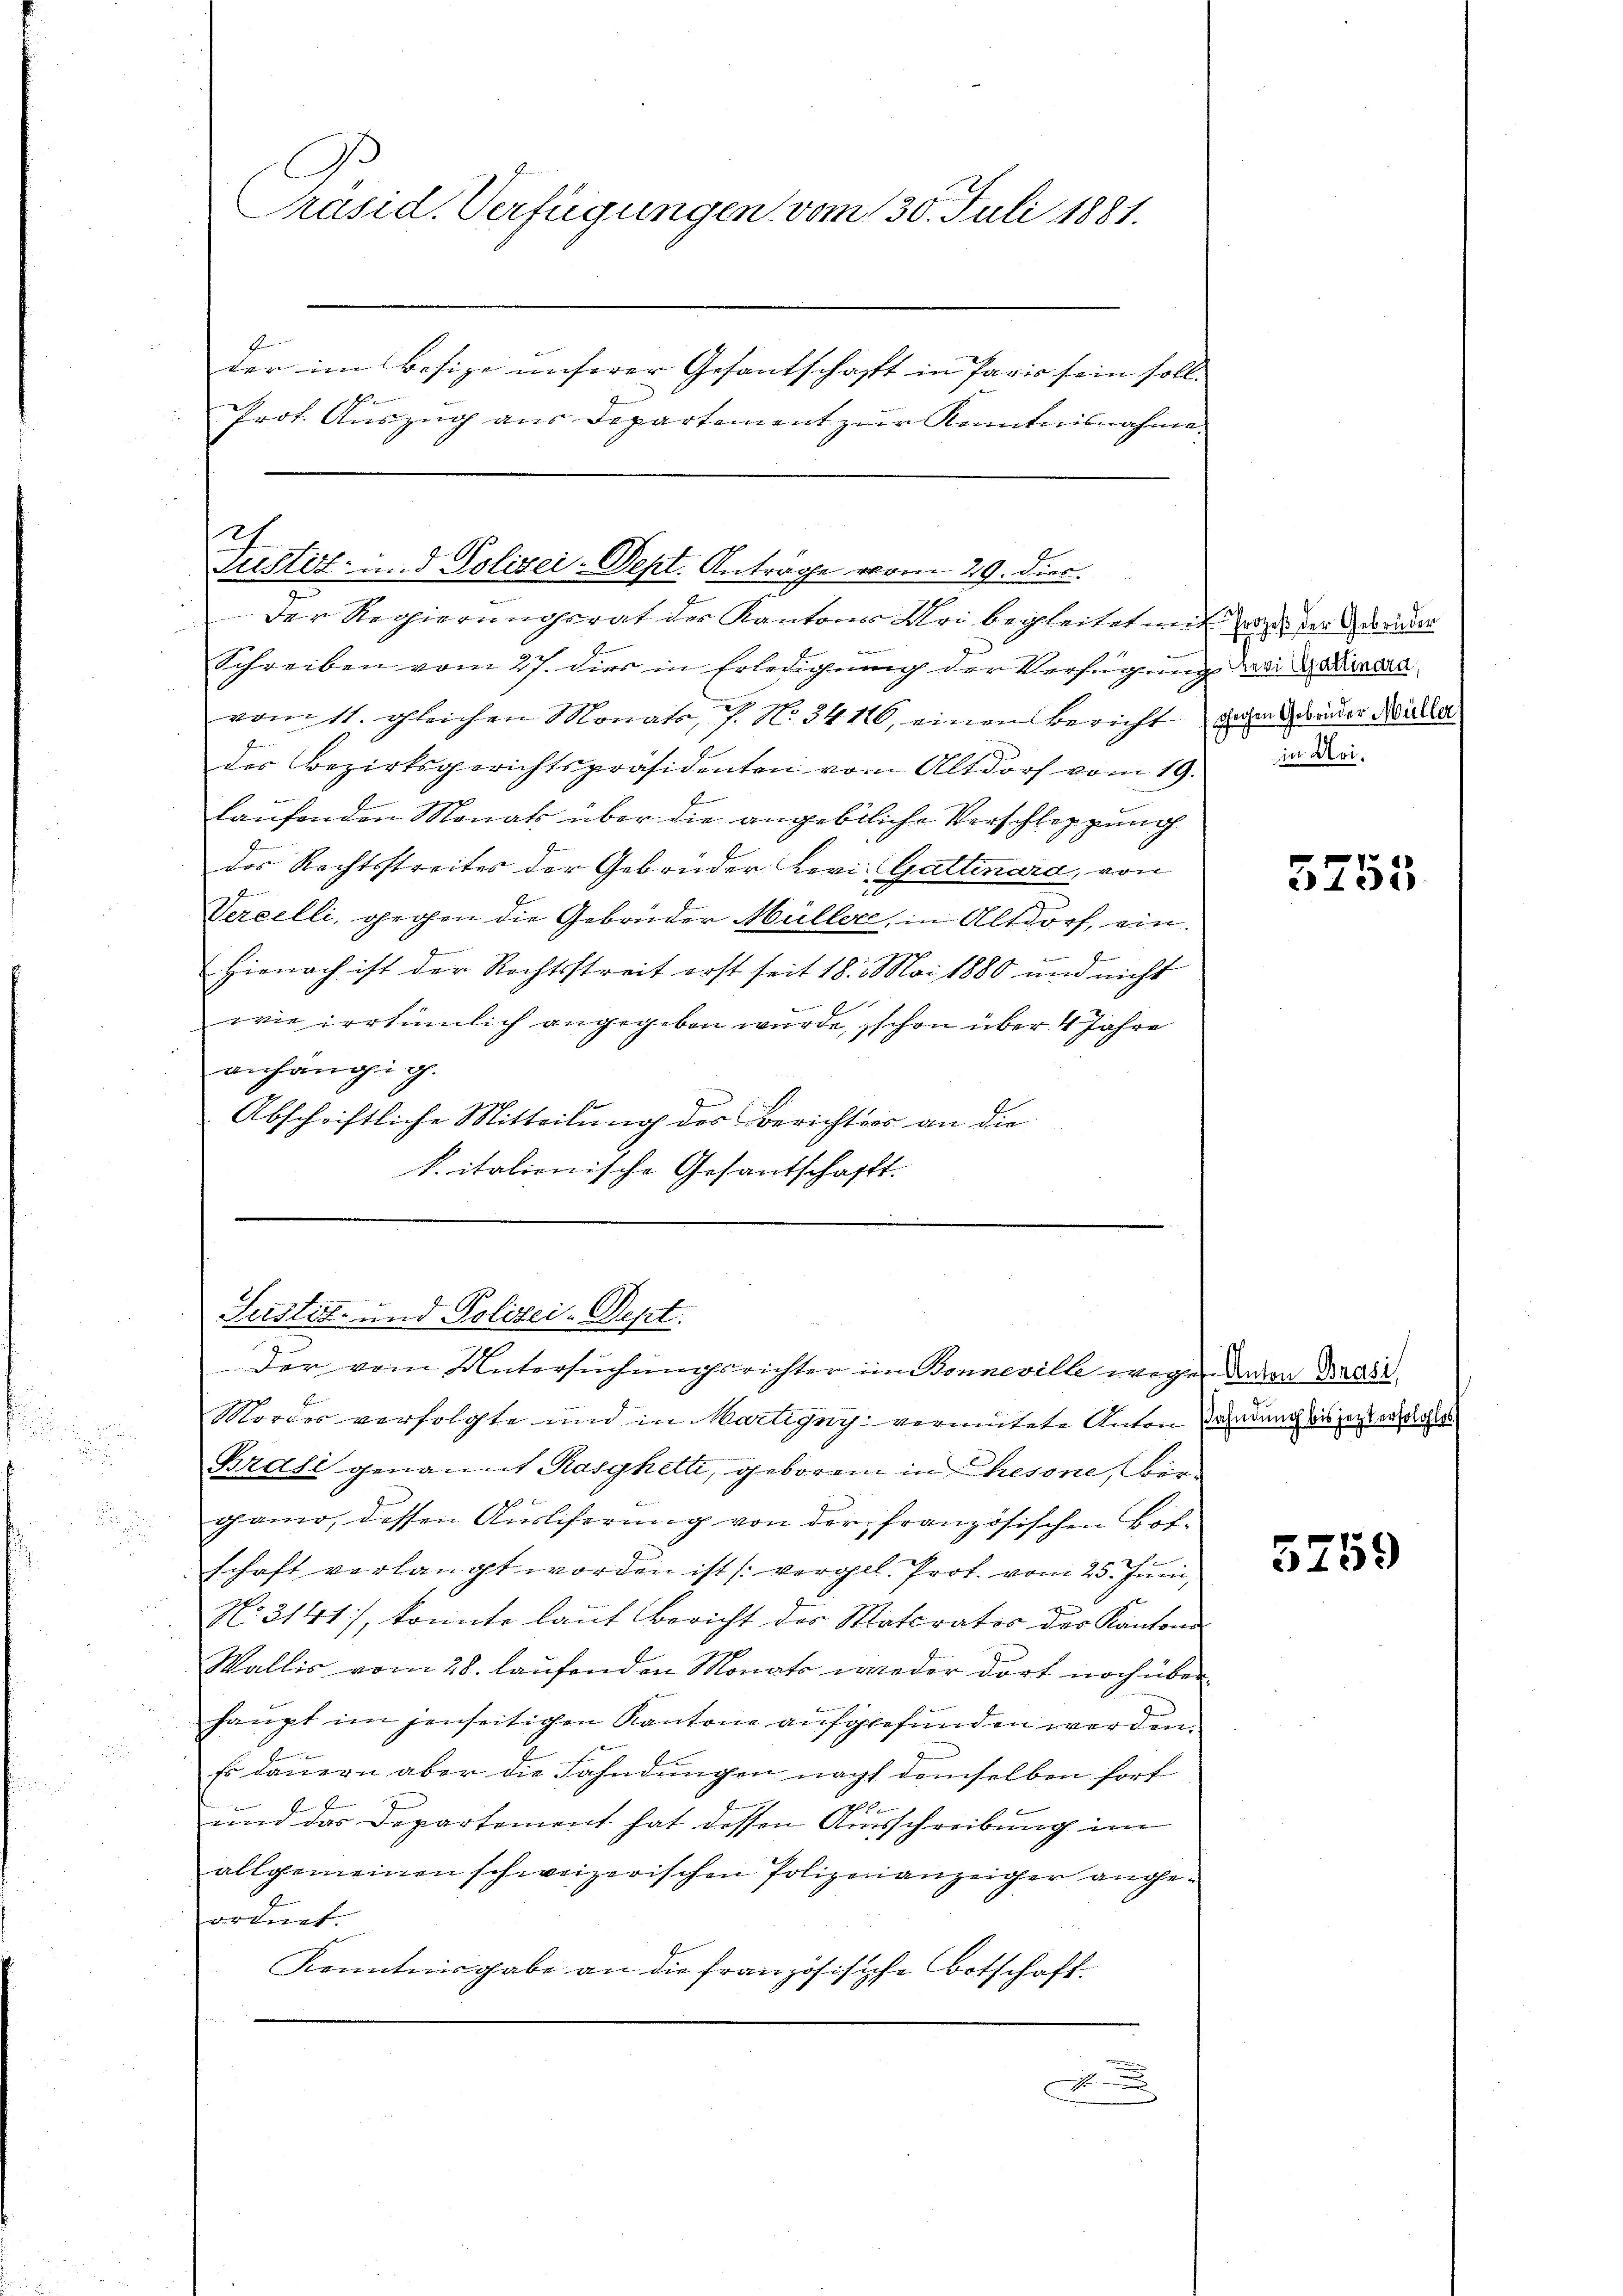
A
Präsid. Verfügungen vom 30. Juli 1881.
der im Besize unserer Gesantschaft in Paris sein soll.
J
schen
Prot. Auszug aus Departement zur Kenntnisnahme

h
Fristet und Polizei-Dept. Anträge vom 29. Dien
Der Regierungsrat des Kantones Uri begleitet mit der der eine

B
Schreiben vom 27. dies in Erledigung der Verfügung redi d. Bindra
vom 11. gleichen Monate, J. N. 34110, einen Bericht dahin Gebrüder Müller
des Bezirksgerichtspräsidenten von Altdorf vom 19.
laŭfenden Monats über die angebliche Verschleppung
des Rechtsstreites der Gebrüder Levi-Gattinard, von
Verzelli, gegen die Gebrüder Müller, in Altdorf, ein.
.
f
Hienach ist der Rechtsstreit erst seit 18. Mai 1880 und nicht
wie irrtümlich angegeben wurde, schon über 4 Jahre
anhängig.
Abschriftliche Mitteilung des Berichtes an die
k. italienische Gesantschafft.

Leistist- und Polizei-Dept.
Der vom Untersuchungsrichter im Bonneville wegen davon Grade

Mordes verfolgte und in Martigny vermutete Anton Pardurch bis jetzt erricht
Brasi genant Rasyhetti, geboren in Chrisone, ber
d
gano, dessen Ausliferung von der französischen Botschaft verlangt worden ist (vergel. Prof. vom 25. Juni,
No. 3141), konnte laut Bericht des Materator der Kantons
Wallis vom 28. laufenden Monats wieder dort noch über
hangt im jenseitigen Kantone aufgefunden werden.
Es dauern aber die Fahndungen nacht demselben fort¬
.
f 20
und das Departement hat dessen Ausschreibung im
allgemeinen schweizerischen Polizeianzeiger angeordnet.
Kenntnisgabe an die französische Botschaft.
A

in Uri¬

3755

5759